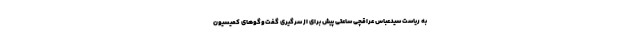
به ریاست سیدعباس عراقچی ساعتی پیش برای از سرگیری گفت‌وگوهای کمیسیون